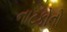
નાટકોનો